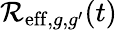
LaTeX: \mathcal{R}_{\mathrm{{eff}},g,g^{\prime}}(t)